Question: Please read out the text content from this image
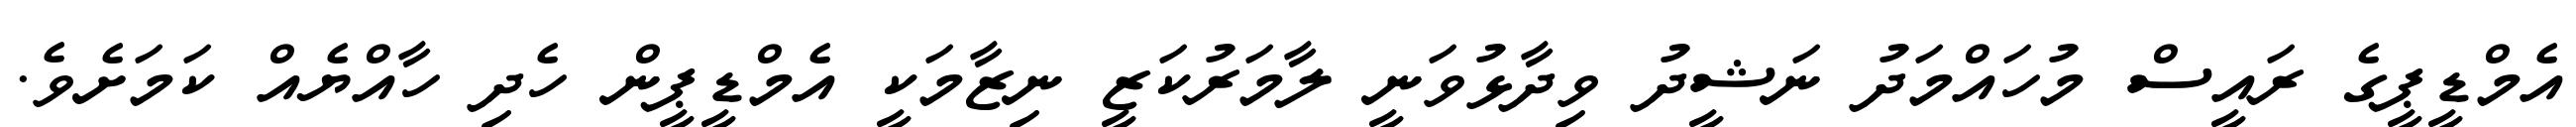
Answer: އެމްޑީޕީގެ ރައީސް މުހައްމަދު ނަޝީދު ވިދާޅުވަނީ ލާމަރުކަޒީ ނިޒާމަކީ އެމްޑީޕީން ހެދި ހާއްޔެއް ކަމަށެވެ.